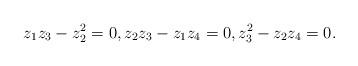
LaTeX: \begin{align*} z_1z_3-z_2^2=0,z_2z_3-z_1z_4=0,z^2_3-z_2z_4=0. \end{align*}